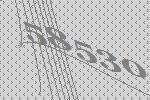
58530